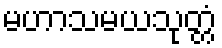
မဟာသမယသုတ္တံ